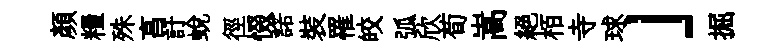
顏糧殊亯訏蛻徑惙諾裝罹皎弧欣荀嵩絕栢寺球」掘